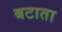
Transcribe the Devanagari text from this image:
बटाता